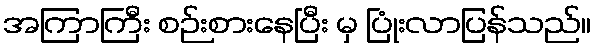
အကြာကြီး စဉ်းစားနေပြီး မှ ပြုံးလာပြန်သည်။